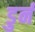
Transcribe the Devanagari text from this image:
डुर्न